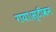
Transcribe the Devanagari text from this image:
गया।स्टीवन